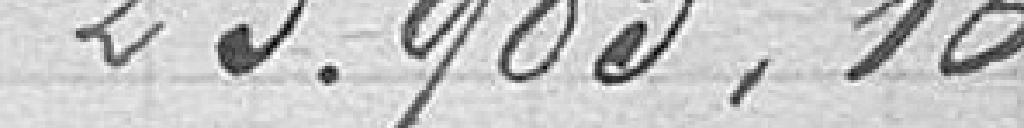
23983,16